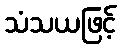
သံသယဖြင့်